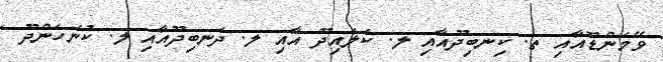
ވޭމަންޑޫއާއި ތ. ކިނބިދޫއާއި ލ. ކަލައިދޫ އާއި ލ. ދަނބިދޫއާއި ލ. ކުނަހަންދޫ